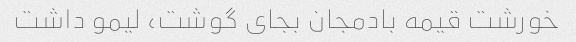
خورشت قیمه بادمجان بجای گوشت، لیمو داشت